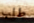
طلب